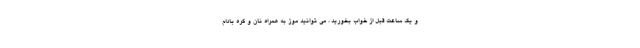
و یک ساعت قبل از خواب بخورید ، می توانید موز به همراه نان و کره بادام